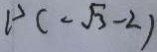
P ( - \sqrt { 3 } - 2 )